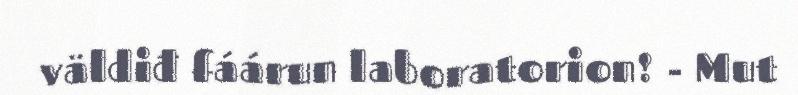
väldiđ fáárun laboratorion! - Mut